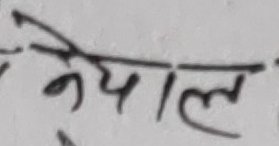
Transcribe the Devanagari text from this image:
नेपाल